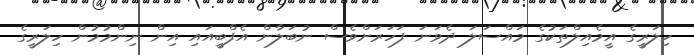
ހިލަރީގެ އީމެއިލްތަކުގެ މައްސަލަ ދެވަނަ ފަހަރަށްވެސް ނުބަލާން އެފްބީއައި އިން ނިންމުމުން ހިލަރީގެ